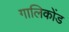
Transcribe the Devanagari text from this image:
गालिकोंड